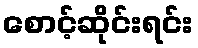
စောင့်ဆိုင်းရင်း